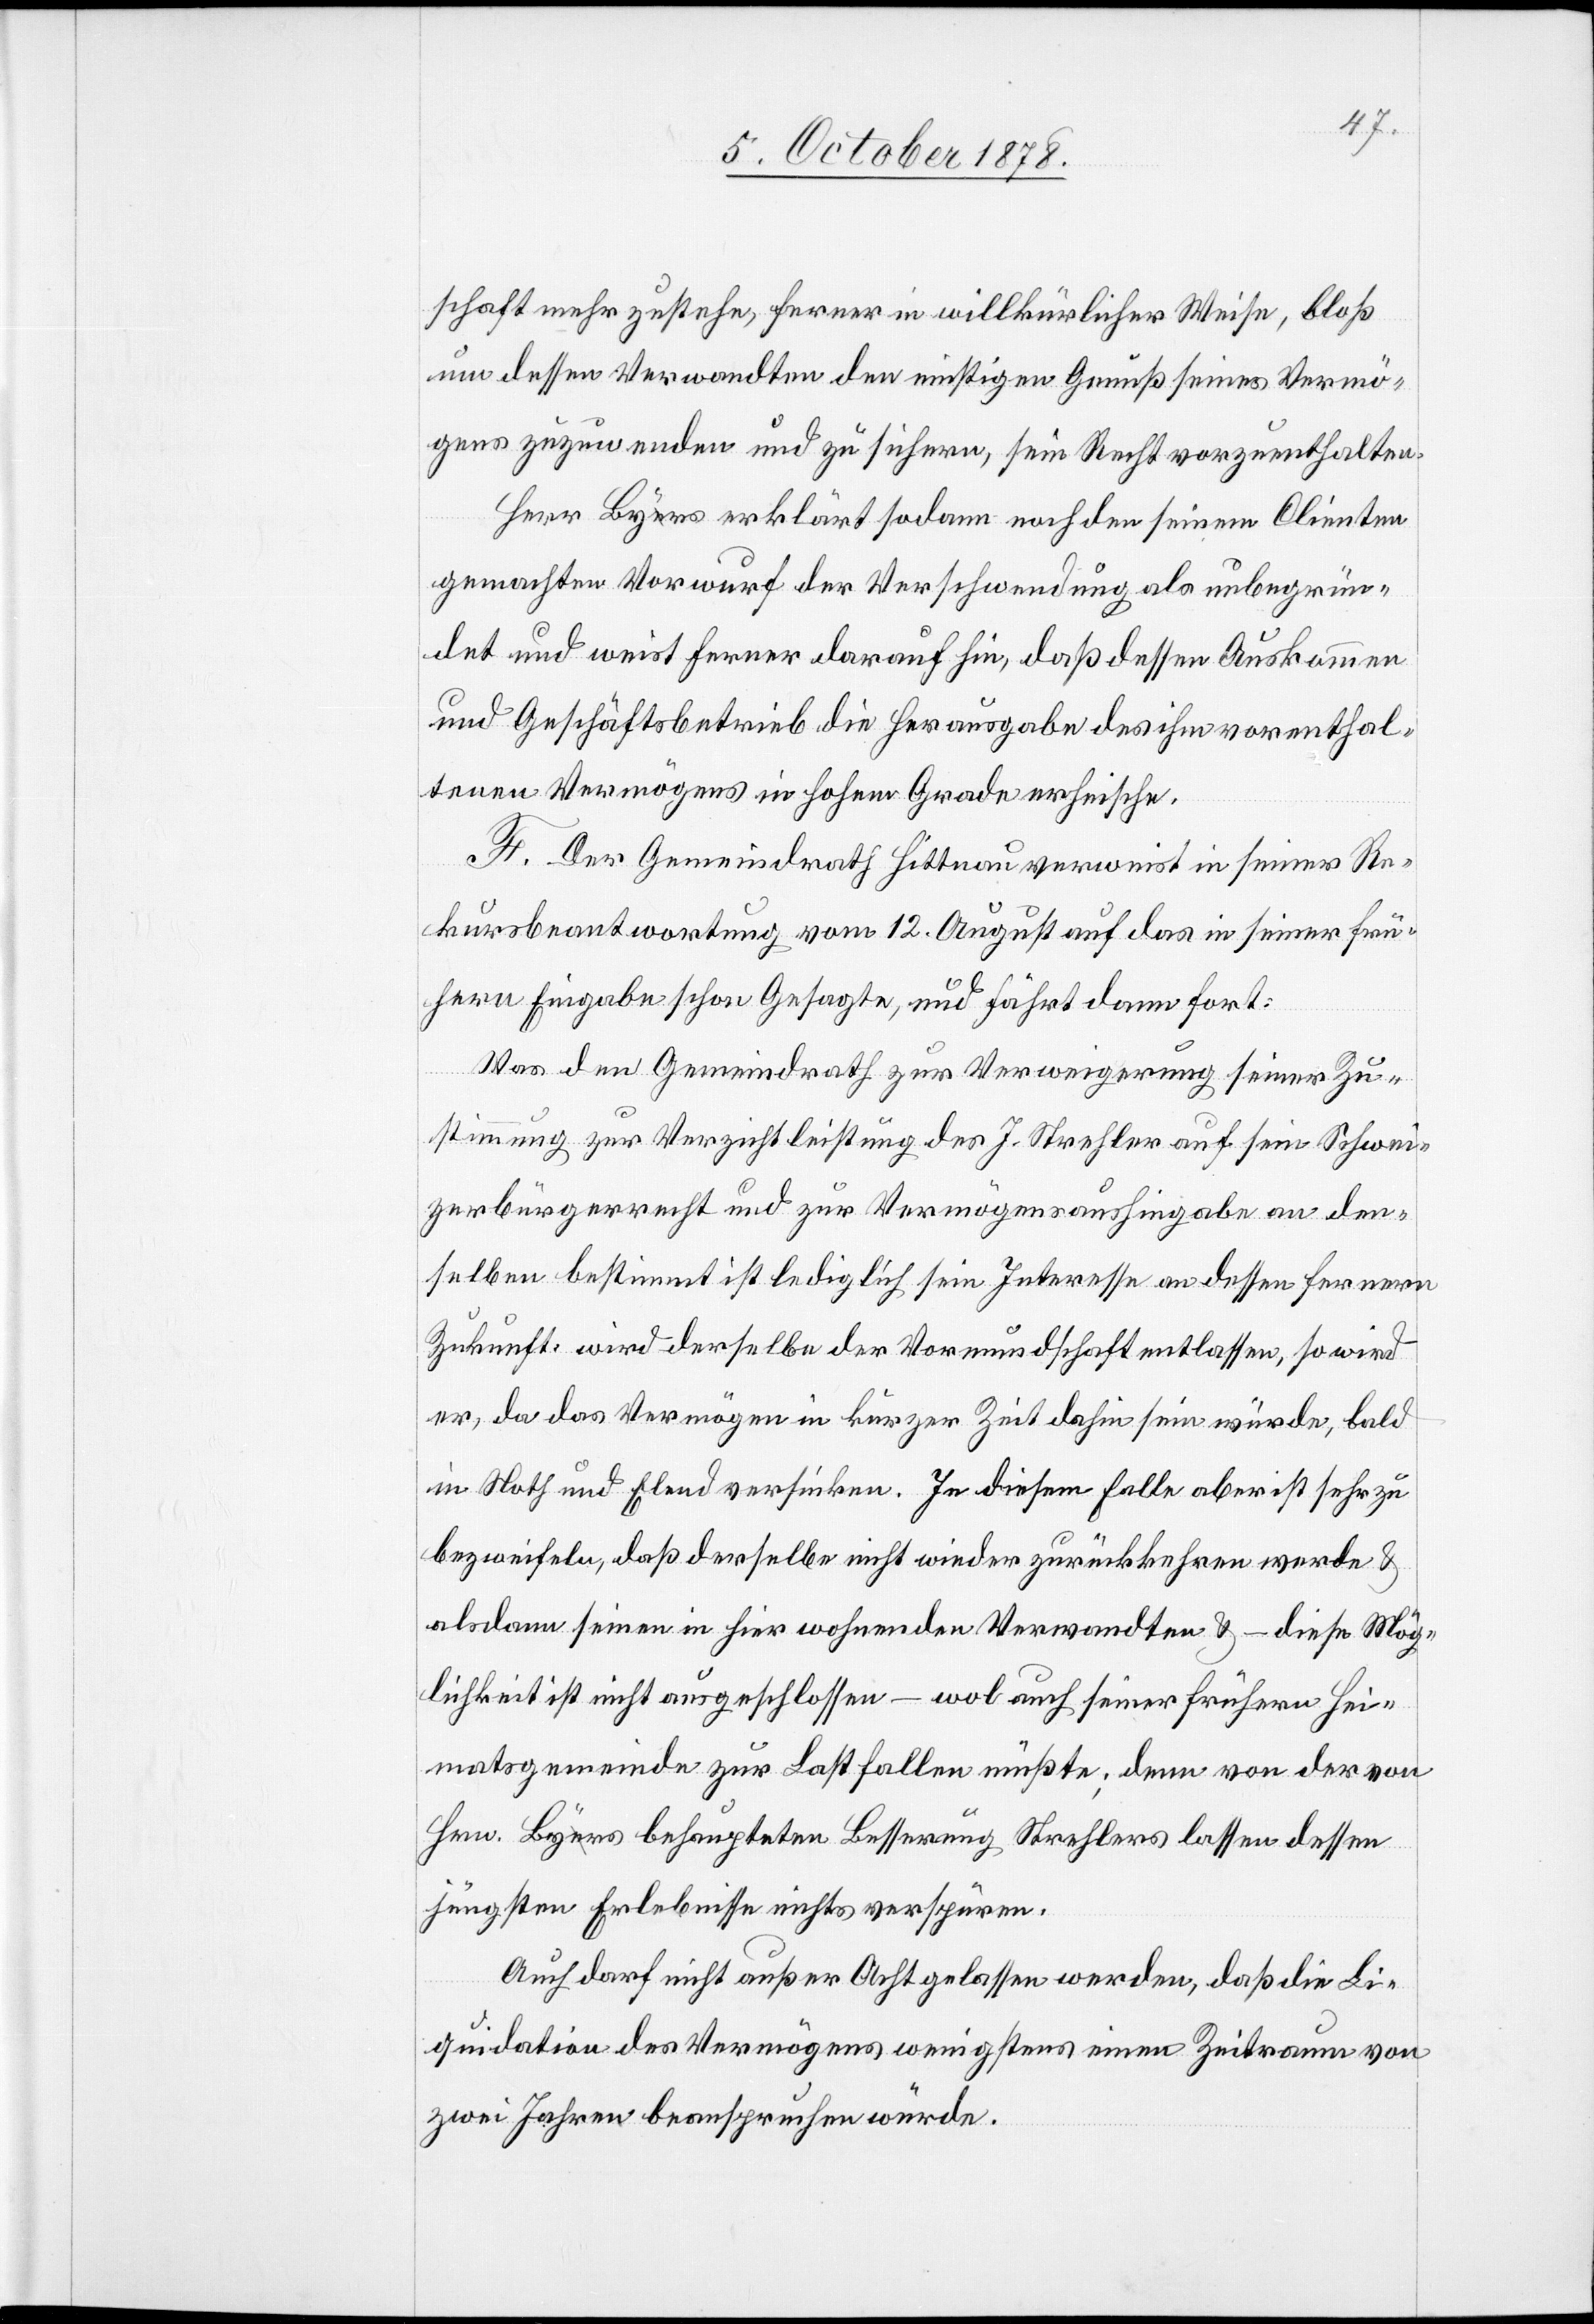
schaft mehr zustehe, ferner in willkürlicher Weise, bloß
um dessen Verwandten den einstigen Genuß seines Vermö¬
gens zuzuwenden und zu sichern, sein Recht vorzuenthalten.
Herr Byrs erklärt sodann nachdem seine Clienten
gemachten Vorwurf der Verschwendung als unbegrün¬
det und weist ferner darauf hin, daß dessen Auskommen
und Geschäftsbetrieb die Herausgabe des ihm vorenthal¬
tenen Vermögens in hohem Grad erheische.
F. Der Gemeindrath Hittnau verweist in seiner Re¬
kursbeantwortung vom 12. August auf das in seiner frü¬
hern Eingabe schon Gesagte, und fährt dann fort:
Was den Gemeindrath zur Verweigerung seiner Zu¬
stimmung zur Verzichtleistung des J. Strehler auf sein Schwei¬
zerbürgerrecht und zur Vermögensaushingabe an den¬
selben bestimmt ist lediglich sein Interesse an dessen fernern
Zukunft: wird derselbe der Vormundschaft entlassen, so wird
er, da das Vermögen in kurzer Zeit dahin sein würde, bald
in Noth und Elend versinken. In diesem Falle aber ist sehr zu
bezweifeln, daß derselbe nicht wieder zurückkehren werde &
alsdann seinen in hier wohnenden Verwandten & – diese Mög¬
lichkeit ist nicht ausgeschlossen – wol auch seiner frühern Hei¬
matsgemeinde zur Last fallen müßte; denn von der von
Hrn. Byrs behaupteten Besserung Strehlers lassen dessen
jüngsten Erlebnisse nichts verspüren.
Auch darf nicht außer Acht gelassen werden, daß die Li¬
quidation des Vermögens wenigstens einem Zeitraum von
zwei Jahren beanspruchen würde.